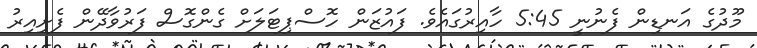
މޫދުގެ އަނޑިން ފެނުނީ 5:45 ހާއިރުގައެވެ. ފައުޒަން ހޮސްޕިޓަލަށް ގެންގޮސް ފަރުވާދޭން ފެށިއިރު